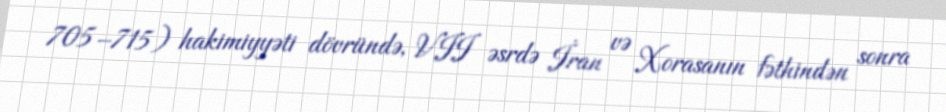
705–715) hakimiyyəti dövründə, VII əsrdə İran və Xorasanın fəthindən sonra